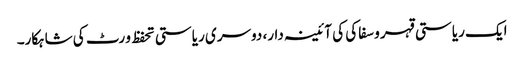
ایک ریاستی قہر و سفاکی کی آئینہ دار، دوسری ریاستی تحفظ و رٹ کی شاہکار۔